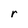
Character: r